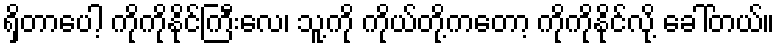
ရှိတာပေါ့ ကိုကိုနိုင်ကြီးလေ၊ သူ့ကို ကိုယ်တို့ကတော့ ကိုကိုနိုင်လို့ ခေါ်တယ်။